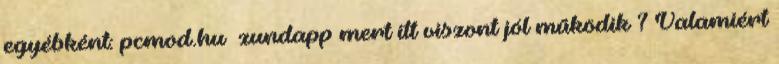
egyébként: pcmod.hu zundapp mert itt viszont jól működik ? Valamiért